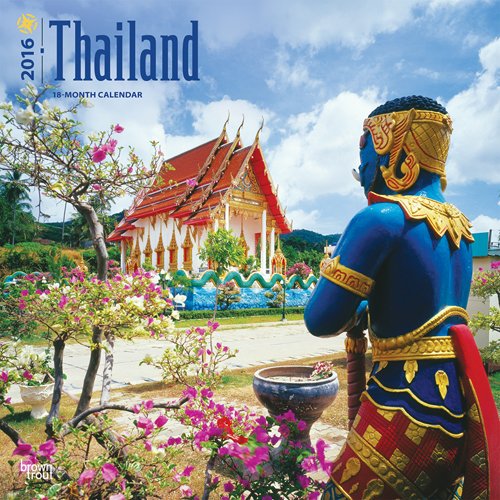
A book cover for Thailand 2016 Square 12x12 (Multilingual Edition); Browntrout Publishers; Travel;